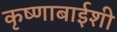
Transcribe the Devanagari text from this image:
कृष्णाबाईशी